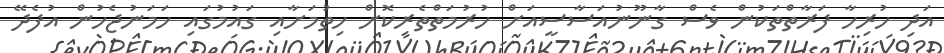
އަދި ހުރިހާ ފަރާތްތަކުން ވެސް ގާނޫނުއަސާސީއަށް ހުރުމަތްތެރިކޮށް ހިތުމަށާއި ގައުމުގައި ހަމަނުޖެހުން އުފެދޭ